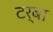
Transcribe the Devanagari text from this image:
टर्बा